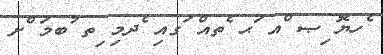
ެހޔޮ ިޞ ްއ ަޙ ެތއް ަގއި ެދމި ިތ ުބމަ ްށ